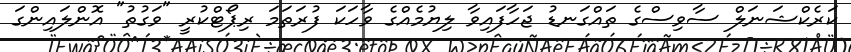
ކަރެކްޝަނަލް ސާވިސްގެ ތައްގަނޑު ޖަހާފައިވާ ލިޔުމެއްގެ ވާހަކަ ފުރަތަމަ ރިޕޯޓްކުރީ "ވަގުތު" އޮންލައިންގަ